Annual report on the Civil Veterinary Department, Burma (including the Insein Veterinary School) - 1932-1941
Year: 1932
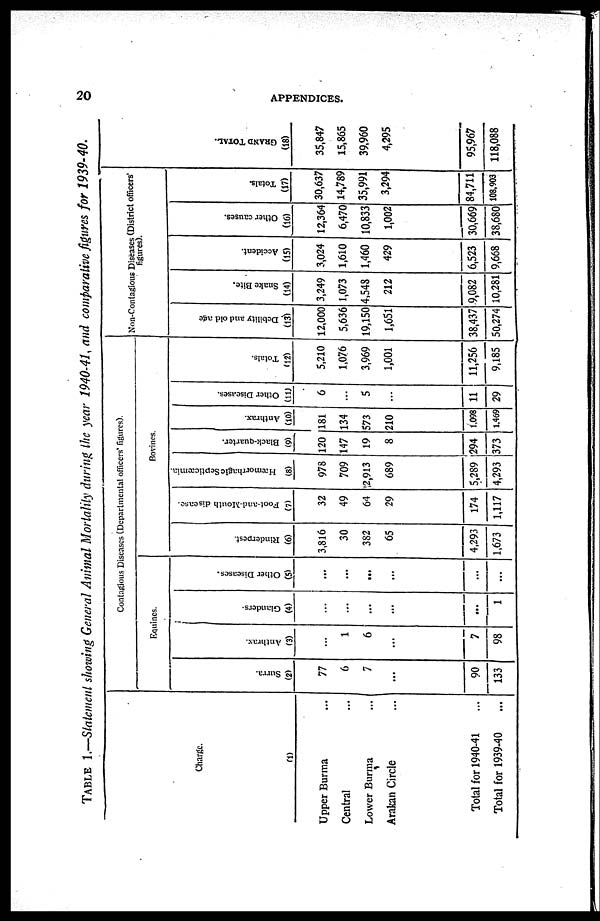
20
APPENDICES.
Table 1.—Statement showing General Animal Mortality during the year 1940-41, and comparative figures for 1939-40.
Charge.
(1)
Upper Burma ...
Central ...
Lower Burma ...
Arakan Circle ...
Total for 1940-41 ...
Total for 1939-40 ...
Contagious Diseases (Departmental officers' figures).
Equines.
Surra.
(2)
77
6
7
...
90
133
Anthrax.
(3)
...
1
6
...
7
98
Glanders
(4)
...
...
...
...
...
1
Other Diseases.
(5)
...
...
...
...
...
...
Bovines
Rinderpest.
(6)
3,816
30
382
65
4,293
1,673
Foot-and-Mouth disease.
(7)
32
49
64
29
174
1,117
Hæmorrhagic Septicæmia.
(8)
978
709
,2,913
689
5,289
4,293
Black-quarter.
(9)
120
147
19
8
294
373
Anthrax.
(10)
181
134
573
210
1,098
1,469
Other Diseases.
(11)
6
...
5
...
11
29
Totals.
(12)
5,210
1,076
3,969
1,001
11,256
9,185
Non-Contagious Diseases (District officers'
figures).
Debility and old age
(13)
12,000
5,636
19,150
1,651
38,437
50,274
Snake Bite.
(14)
3,249
1,073
4,548
212
9,082
10,281
Accident.
(15)
3,024
1,610
1,460
429
6,523
9,668
Other causes.
(16)
12,364
6,470
10,833
1,002
30,669
38,680
Totals.
(17)
30,637
14,789
35,991
3,294
84,711
108,903
Grand Total.
(18)
35,847
15,865
39,960
4,295
95,967
118,088